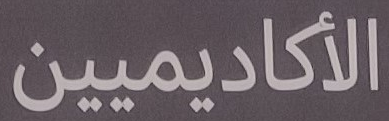
الأكاديميين